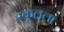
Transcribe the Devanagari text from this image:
स्कूलला